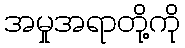
အမှုအရာတို့ကို